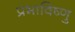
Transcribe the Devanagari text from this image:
प्रभाविष्णु